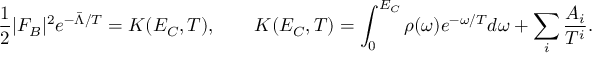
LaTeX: \frac 1 2 | F _ { B } | ^ { 2 } e ^ { - \bar { \Lambda } / T } = K ( E _ { C } , T ) , \qquad K ( E _ { C } , T ) = \int _ { 0 } ^ { E _ { C } } \rho ( \omega ) e ^ { - \omega / T } d \omega + \sum _ { i } \frac { A _ { i } } { T ^ { i } } .